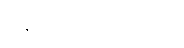
ရေဘေးကြောင့်